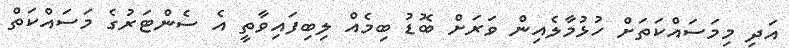
އަދި މިމަސައްކަތަށް ހުޅުމާލެއިން ވަރަށް ބޮޑު ބިމެއް ލިބިފައިވާތީ އެ ސެންޓަރުގެ މަސައްކަތް